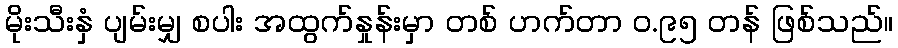
မိုးသီးနှံ ပျမ်းမျှ စပါး အထွက်နှုန်းမှာ တစ် ဟက်တာ ဝ.၉၅ တန် ဖြစ်သည်။